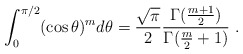
\begin{align*} \int_0^{\pi/2}(\cos\theta)^m d\theta=\frac{\sqrt\pi}2\frac{\Gamma(\frac{m+1}2)}{\Gamma(\frac m2+1)}\ .\end{align*}